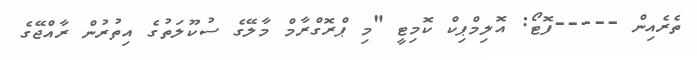
ތެރެއިން -----ފޮޓޯ: އޮލިމްޕިކް ކޮމިޓީ "މި ޕްރޮގްރާމް މާލޭގެ ސުކޫލަތުގެ އިތުރުން ރާއްޖޭގެ